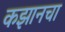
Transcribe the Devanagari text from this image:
कझानचा